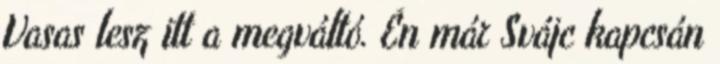
Vasas lesz itt a megváltó. Én már Svájc kapcsán